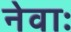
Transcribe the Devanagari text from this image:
नेवाः